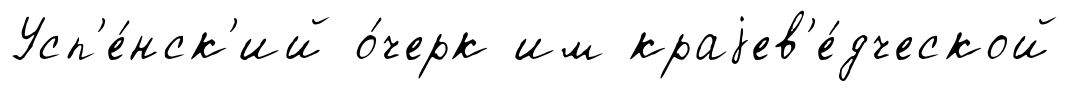
Усп'е́нск'ий о́черк им краjев'е́дческой